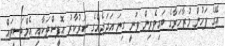
އޭގެ ފަހުން މުޒާހަރާގެ ބައިވެރިން ވަނީ ގިނަ އަދަދެއްގެ ސަރުކާރު އޮފީސްތަކާއި އެމްބަސީތައް